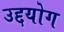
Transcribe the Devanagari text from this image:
उद्दयोग